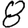
Digit: 8